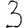
Digit: 3